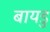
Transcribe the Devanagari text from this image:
बायडु